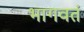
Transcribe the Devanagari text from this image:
भागवतं